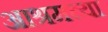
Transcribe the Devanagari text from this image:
आश्रमच्या